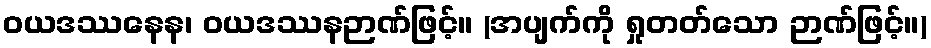
ဝယဒဿနေန၊ ဝယဒဿနဉာဏ်ဖြင့်။ (အပျက်ကို ရှုတတ်သော ဉာဏ်ဖြင့်။)